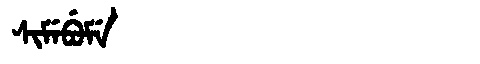
Manchu: ᠰᡳᠮᡝᠪᡠᠮᡝ
Romanization: SIMEBUME